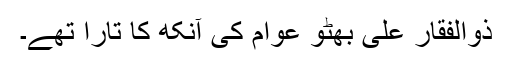
ذوالفقار علی بھٹو عوام کی آنکھ کا تارا تھے۔